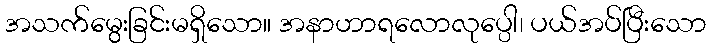
အသက်မွေးခြင်းမရှိသော။ အနာဟာရလောလုပ္ပေါ၊ ပယ်အပ်ပြီးသော